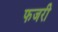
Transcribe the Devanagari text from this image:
फजरी